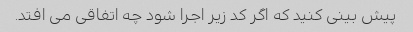
پیش بینی کنید که اگر کد زیر اجرا شود چه اتفاقی می افتد.